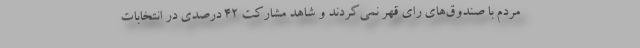
مردم با صندوق‌های رای قهر نمی‌کردند و شاهد مشارکت 42 درصدی در انتخابات